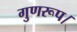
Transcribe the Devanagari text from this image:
गुणरूप।